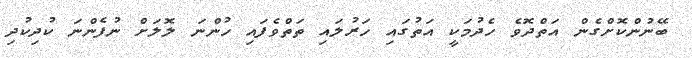
ބޭނުންކޮށްގެން އަތްދޮވެ ހެދުމަކީ އަތުގައި ހަރުލައި ތަތްވެފައި ހުންނަ ލޮލަށް ނުފެންނަ ކުދިކުދި